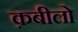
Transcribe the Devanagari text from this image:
क़बीलो